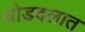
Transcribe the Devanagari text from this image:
घोडदलात